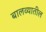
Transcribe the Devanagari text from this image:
बालव्यातील